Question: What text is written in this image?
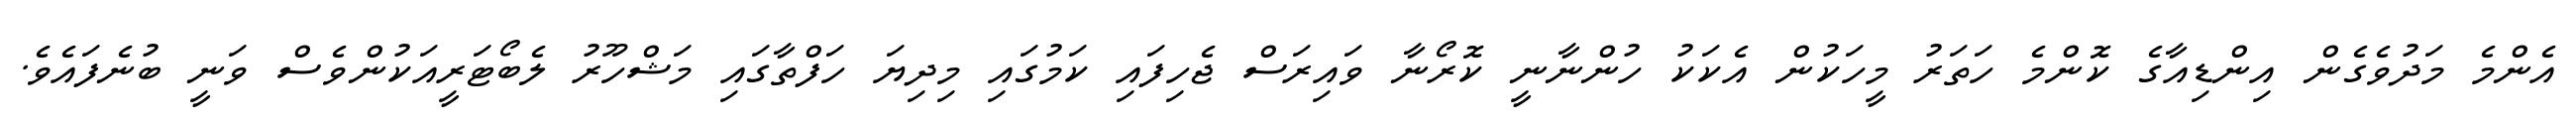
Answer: އެންމެ މަދުވެގެން އިންޑިއާގެ ކޮންމެ ހަތަރު މީހަކުން އެކަކު ހުންނާނީ ކޮރޯނާ ވައިރަސް ޖެހިފައި ކަމުގައި މިދިޔަ ހަފްތާގައި މަޝްހޫރު ލެބޯޓަރީއަކުންވެސް ވަނީ ބުނެފައެވެ.